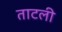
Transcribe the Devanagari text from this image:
ताटली